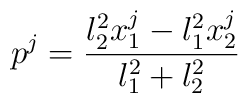
p^j = \frac{\l_2^2 x_1^j - \l_1^2 x_2^j}{\l_1^2 + \l_2^2}